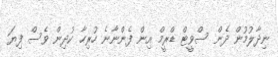
ނިދާލުމުން ދެން ސްވީޓް ޑްރީމް އިން ފެންނާނެ ހުރިހާ ކުދިން ވެސް ފިޔަ